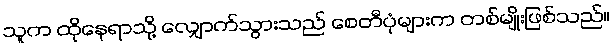
သူက ထိုနေရာသို့ လျှောက်သွားသည် စေတီပုံများက တစ်မျိုးဖြစ်သည်။